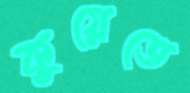
কুয়েতে